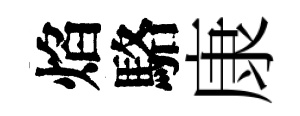
焰駱康